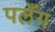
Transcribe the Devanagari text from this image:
पलँग